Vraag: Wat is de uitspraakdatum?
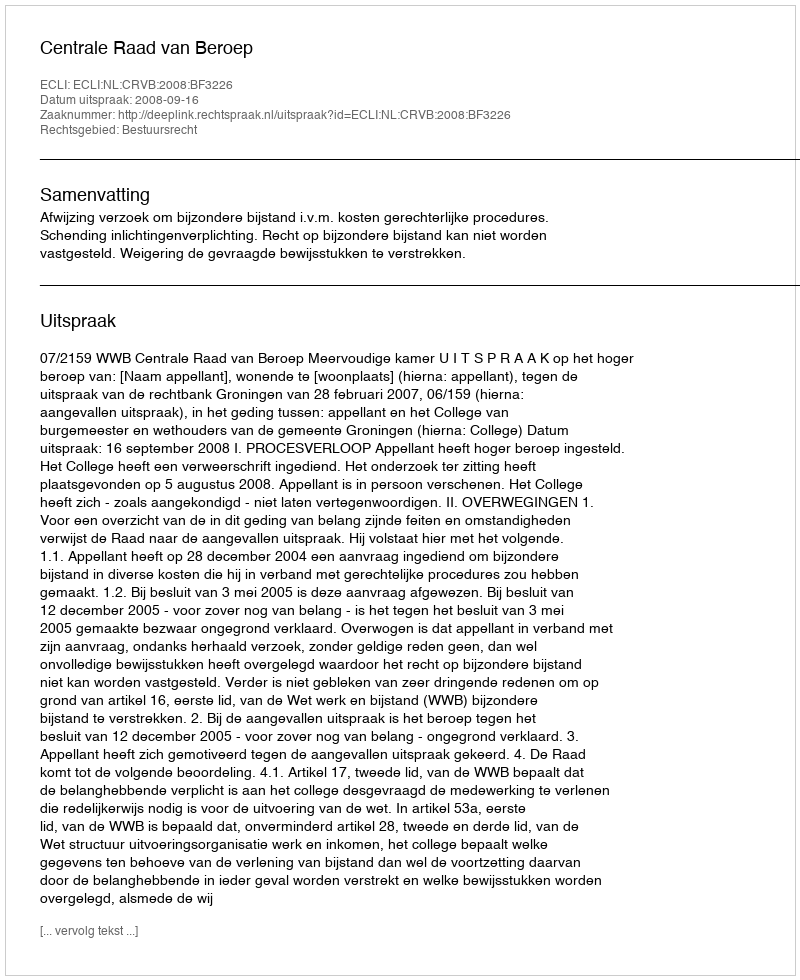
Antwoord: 2008-09-16